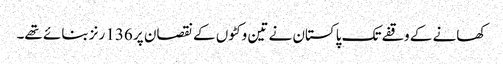
کھانے کے وقفے تک پاکستان نے تین وکٹوں کے نقصان پر 136 رنز بنائے تھے۔